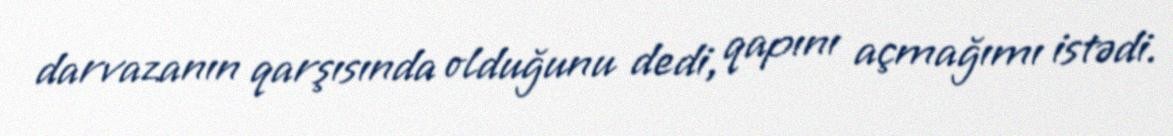
darvazanın qarşısında olduğunu dedi, qapını açmağımı istədi.